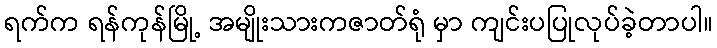
ရက်က ရန်ကုန်မြို့ အမျိုးသားကဇာတ်ရုံ မှာ ကျင်းပပြုလုပ်ခဲ့တာပါ။